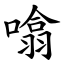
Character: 噏